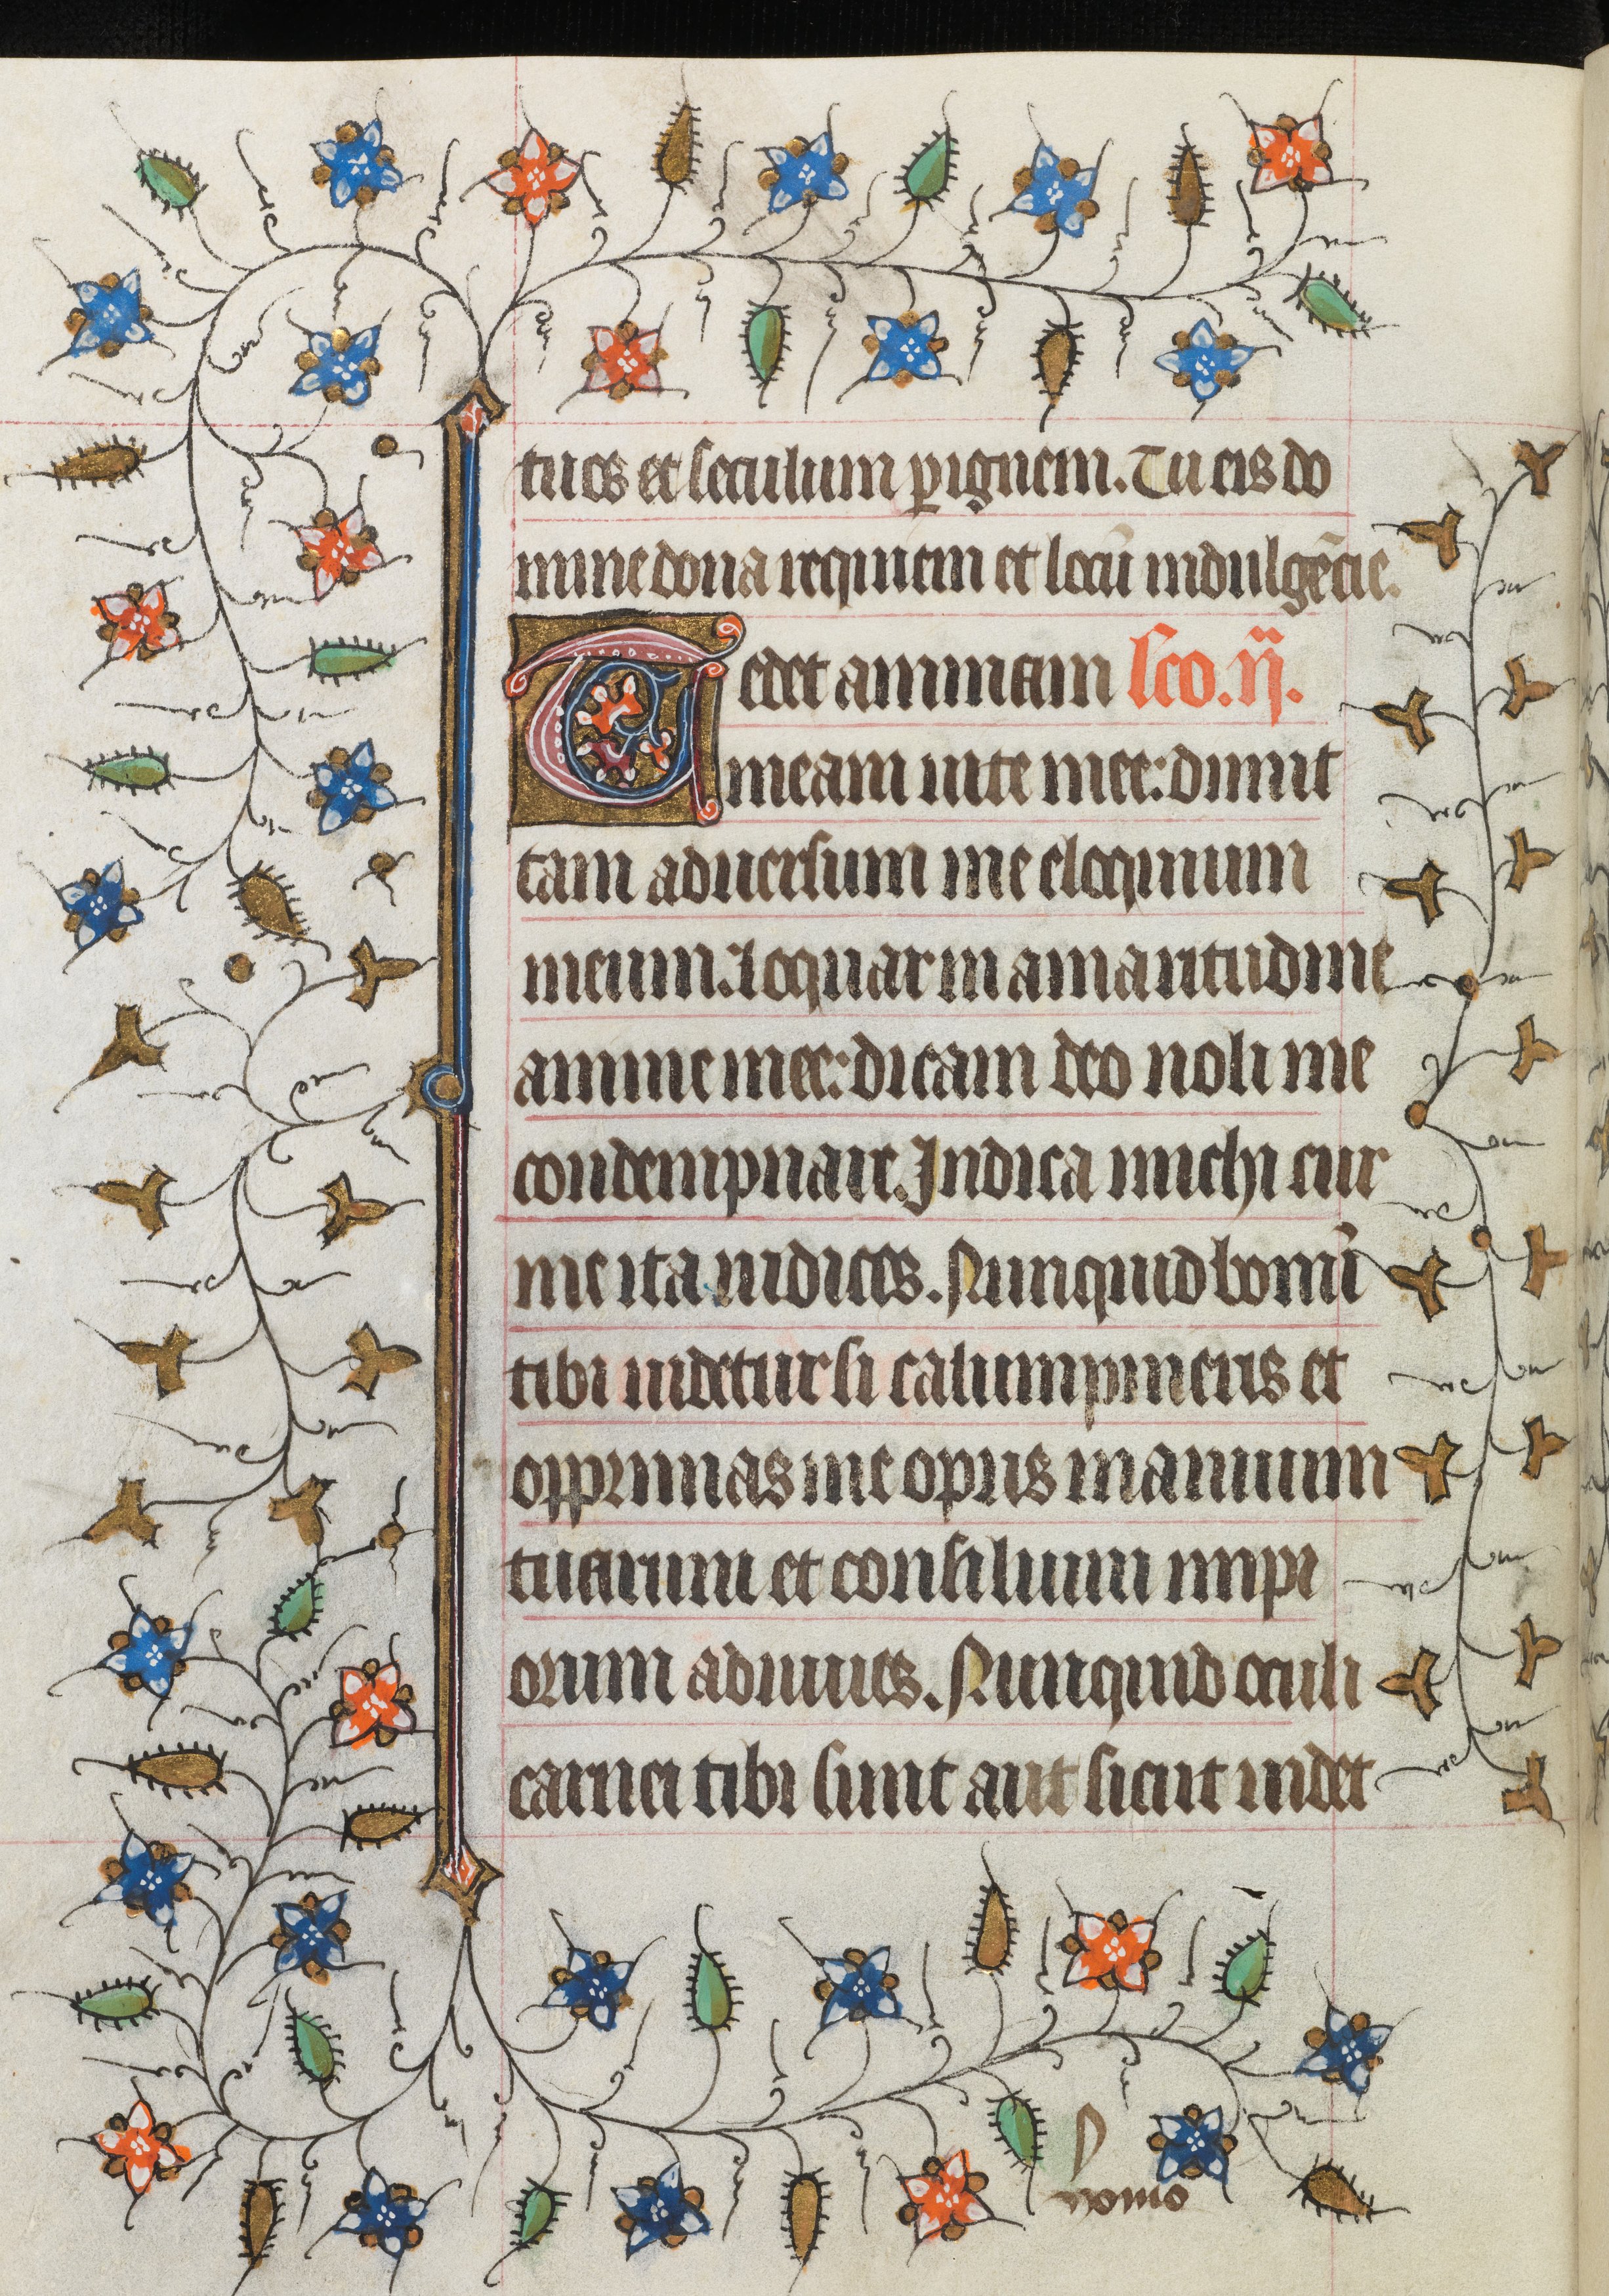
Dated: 1421–1421